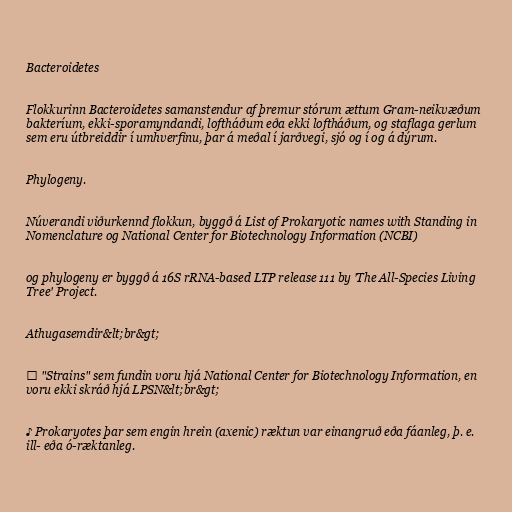
Bacteroidetes

Flokkurinn Bacteroidetes samanstendur af þremur stórum ættum Gram-neikvæðum
bakteríum, ekki-sporamyndandi, loftháðum eða ekki loftháðum, og staflaga gerlum
sem eru útbreiddir í umhverfinu, þar á meðal í jarðvegi, sjó og í og á dýrum.

Phylogeny.

Núverandi viðurkennd flokkun, byggð á List of Prokaryotic names with Standing in
Nomenclature og National Center for Biotechnology Information (NCBI)

og phylogeny er byggð á 16S rRNA-based LTP release 111 by 'The All-Species Living
Tree' Project.

Athugasemdir&lt;br&gt;

♠ "Strains" sem fundin voru hjá National Center for Biotechnology Information, en
voru ekki skráð hjá LPSN&lt;br&gt;

♪ Prokaryotes þar sem engin hrein (axenic) ræktun var einangruð eða fáanleg, þ. e.
ill- eða ó-ræktanleg.